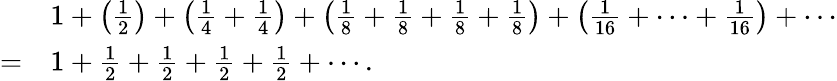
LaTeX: {\begin{array}{rl}&{1+\left({\frac{1}{2}}\right)+\left({\frac{1}{4}}+{\frac{1}{4}}\right)+\left({\frac{1}{8}}+{\frac{1}{8}}+{\frac{1}{8}}+{\frac{1}{8}}\right)+\left({\frac{1}{16}}+\cdots+{\frac{1}{16}}\right)+\cdots}\\ {=}&{1+{\frac{1}{2}}+{\frac{1}{2}}+{\frac{1}{2}}+{\frac{1}{2}}+\cdots.}\end{array}}